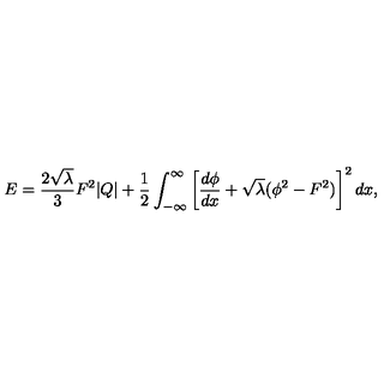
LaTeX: E = { \frac { 2 \sqrt { \lambda } } { 3 } } F ^ { 2 } | Q | + { \frac { 1 } { 2 } } \int _ { - \infty } ^ { \infty } \left[ { \frac { d \phi } { d x } } + \sqrt { \lambda } ( \phi ^ { 2 } - F ^ { 2 } ) \right] ^ { 2 } d x ,